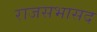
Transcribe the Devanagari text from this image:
राजसभासद